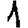
Digit: 1